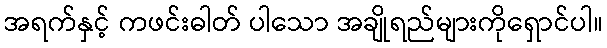
အရက်နှင့် ကဖင်းဓါတ် ပါသော အချိုရည်များကိုရှောင်ပါ။